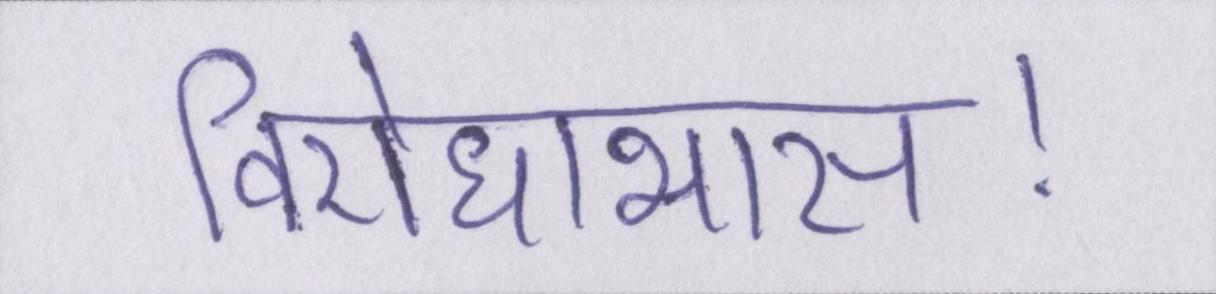
विरोधाभास।